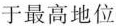
于最高地位